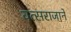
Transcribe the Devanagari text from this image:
वत्सराजाने